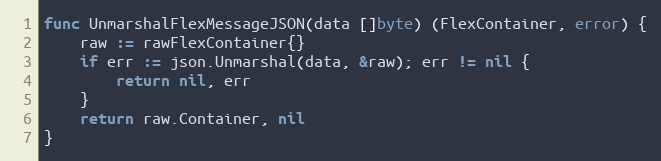
Language: Go
func UnmarshalFlexMessageJSON(data []byte) (FlexContainer, error) {
	raw := rawFlexContainer{}
	if err := json.Unmarshal(data, &raw); err != nil {
		return nil, err
	}
	return raw.Container, nil
}